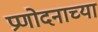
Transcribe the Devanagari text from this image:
प्रणोदनाच्या